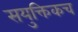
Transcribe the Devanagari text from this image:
सयुक्तिकच